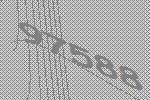
97588